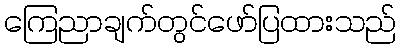
ကြေညာချက်တွင်ဖော်ပြထားသည်